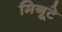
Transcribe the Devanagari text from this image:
मिनूटे